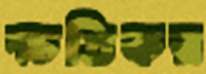
ক্ষতিকর